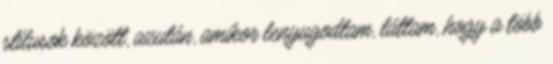
stílusok között, azután, amikor lenyugodtam, láttam, hogy a több